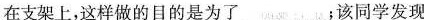
在支架上，这样做的目的是为了___；该同学发现